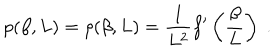
p ( \beta , L ) = \rho ( \beta , L ) = \frac { 1 } { L ^ { 2 } } f ^ { \prime } \left( \frac { \beta } { L } \right) \; .